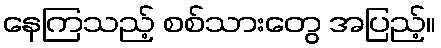
နေကြသည့် စစ်သားတွေ အပြည့်။